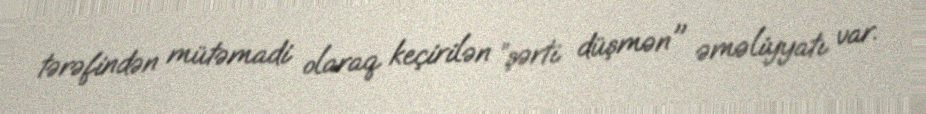
tərəfindən mütəmadi olaraq keçirilən ”şərti düşmən" əməliyyatı var.